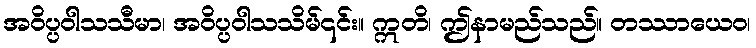
အဝိပ္ပဝါသသီမာ၊ အဝိပ္ပဝါသသိမ်၎င်း။ ဣတိ၊ ဤနာမည်သည်။ တဿာယေဝ၊